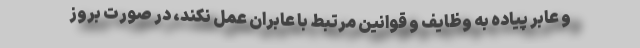
و عابر پیاده به وظایف و قوانین مرتبط با عابران عمل نکند، در صورت بروز